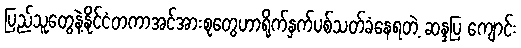
ပြည်သူတွေနဲ့နိုင်ငံတကာအင်အားစုတွေဟာရိုက်နှက်ပစ်သတ်ခံနေရတဲ့ ဆန္ဒပြ ကျောင်း